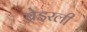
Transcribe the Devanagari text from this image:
ब्रेइरली